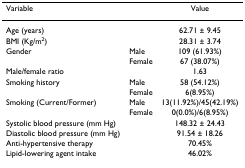
| Variable |  | Value |
 | --- | --- | --- |
 | Age (years) |  | 62.71 ± 9.45 |
 | BMI (Kg/m2) |  | 28.31 ± 3.74 |
 | Gender | Male | 109 (61.93%) |
 |  | Female | 67 (38.07%) |
 | Male/female ratio |  | 1.63 |
 | Smoking history | Male | 58 (54.12%) |
 |  | Female | 6(8.95%) |
 | Smoking (Current/Former) | Male | 13(11.92%)/45(42.19%) |
 |  | Female | 0(0.0%)/6(8.95%) |
 | Systolic blood pressure (mm Hg) |  | 148.32 ± 24.43 |
 | Diastolic blood pressure (mm Hg) |  | 91.54 ± 18.26 |
 | Anti-hypertensive therapy |  | 70.45% |
 | Lipid-lowering agent intake |  | 46.02% |